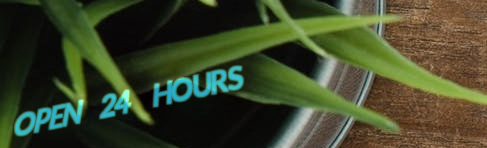
OPEN 24 HOURS